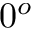
0 ^ { o }